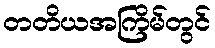
တတိယအကြိမ်တွင်